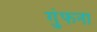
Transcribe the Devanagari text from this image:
गुंफना